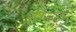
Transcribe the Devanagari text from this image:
प्रतिपादनार्थ